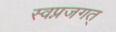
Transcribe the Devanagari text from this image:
स्वप्नजगत्‌